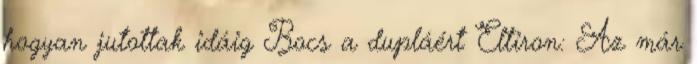
hogyan jutottak idáig Bocs a dupláért Eltiron: Az már